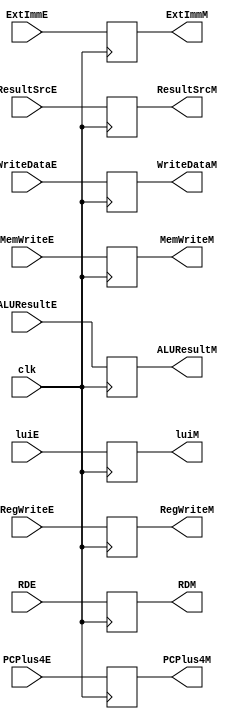
module execution_register(  input luiE,
							input [31:0] PCPlus4E, ALUResultE, WriteDataE, 
						    input[4:0] RDE,
						    input[31:0] ExtImmE, 
		          			input clk, RegWriteE, MemWriteE,
		          			input [1:0] ResultSrcE,
		          			output reg RegWriteM, MemWriteM,
		          			output reg[1:0] ResultSrcM,
		           			output reg [4:0] RDM,
				  	 		output reg[31:0] ExtImmM, PCPlus4M, ALUResultM, WriteDataM,
							output reg luiM);

	always@(posedge clk)begin
		RDM = RDE;
		ExtImmM = ExtImmE;	
		PCPlus4M = PCPlus4E;
		ALUResultM = ALUResultE;
		WriteDataM = WriteDataE;
		ResultSrcM = ResultSrcE; 
		RegWriteM = RegWriteE;
		MemWriteM = MemWriteE;
		luiM = luiE;
	end

endmodule